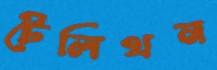
টেলিথন